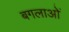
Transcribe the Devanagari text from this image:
बगलाओं